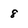
Character: 8